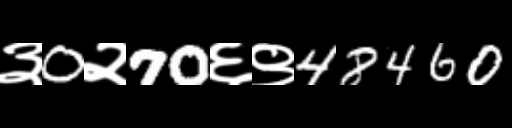
Text: ३0२70६९48460